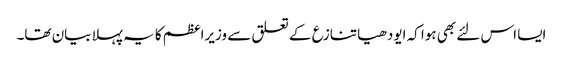
ایسا اس لئے بھی ہوا کہ ایودھیا تنازع کے تعلق سے وزیراعظم کا یہ پہلا بیان تھا۔